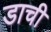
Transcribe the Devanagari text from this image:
डाची